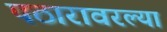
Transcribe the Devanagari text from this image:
पठारावरल्या